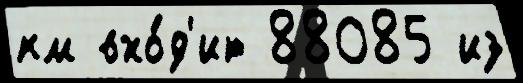
км вхо́д'ит 88085 из